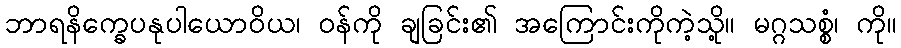
ဘာရနိက္ခေပနုပါယောဝိယ၊ ဝန်ကို ချခြင်း၏ အကြောင်းကိုကဲ့သို့။ မဂ္ဂသစ္စံ၊ ကို။